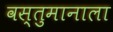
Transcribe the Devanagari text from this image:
वस्तुमानाला